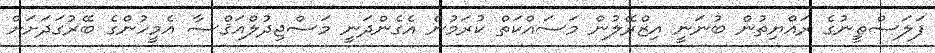
ފަލަސްޠީނުގެ ރައްޔިތުން ބުނަނީ އިޒްރޭލުން މަސައްކަތް ކުރަމުން އެގެންދަނީ މަސްޖިދުލްއަޤްޞާ އެމީހުންގެ ބޭރުގަދަށަށް